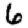
Digit: 6